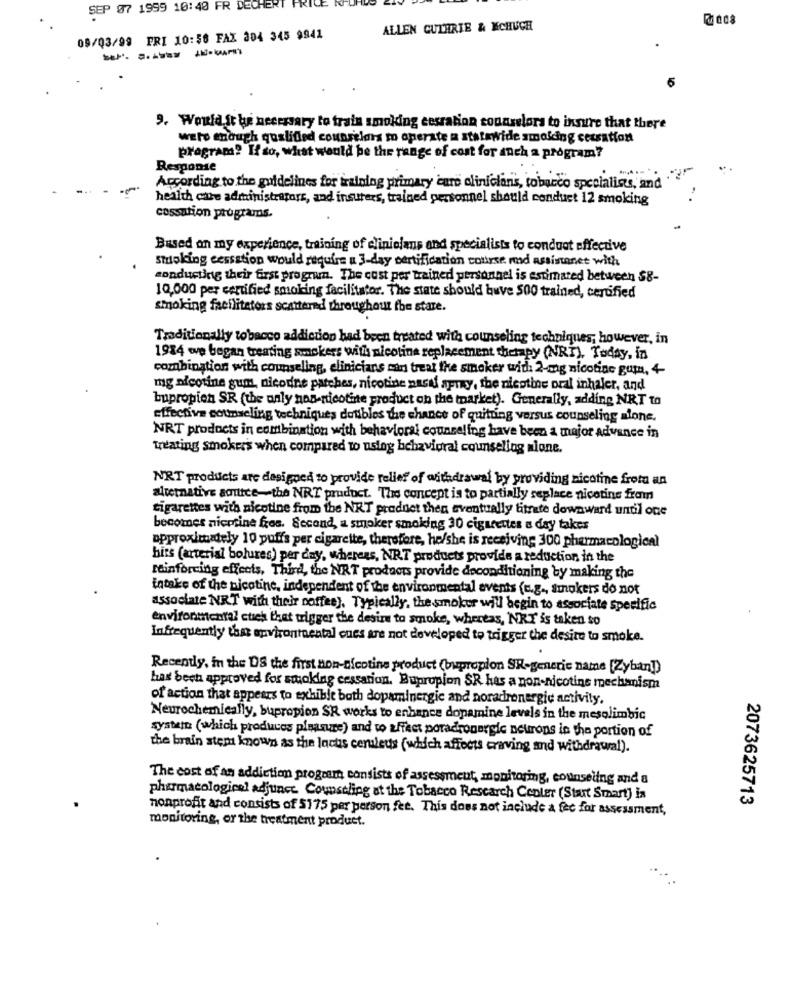
SEP 07 1999 10:40 FR DECHERT FRIC
ALLEN CUTERIE & MCHUGH
09/03/99 FRI 10:56 FAX 304 345 9941
--- --
9. Would it be necessary to train smoking cessation counselors to insure that there
were enough qualified counselors m operate a statewide smoking cessation
program? If so, what would be the range of cost for anch a program?
Response
According to the guidelines for training primary care clinicians, tobacco specialies, and
health che administrators, and insurers, trained personnel should conduct 12 smoking
cassation programs.
Based on my experience, training of eliniolans and specialists to conduct effective
smoking cessation would require u 3-day certification course md assistenet with
conducting their first program. The cost per trained personnel is estimated between $8-
10,000 per certified smoking facilitator. The state should buve 500 trained, certified
smoking facilitators scattered throughout the stare.
Traditionally tobacco addiction had been treated with counseling techniques; however, in
1984 we began treating smokers with nicotine replacement therapy (NRT), Today, in
combination with counseling, clinicians min treat the smoker with 2-mag nicotine gum, 4-
mg nicotine gum, nicotine patches, nicotine nasif aprzy, the nicotine oral inhaler, and
bupropion SR (the only non-nicotine product on the market). Generally, adding NRT to
effective counseling techniques doubles the chance of quitting versus counseling alone.
NRT products in combination with behavioral counseling have been a major advance in
treating smokers when compared to using behavioral counseling mione.
NRT products are designed to provide relief of withdrawal by providing nicotine from an
alternative adultce-the NRT product. The concept is to partially replace nicotine from
cigarettes with nicotine from the NRT product then eventually titrate downward until one
becomes nicotine fres. Second, a smoker smoking 30 cigarettes a day takes
approximately 10 puffs per cigarette, therefore, he/she is receiving 300 pharmacological
hits (arterial bolures) per day, whereas, NRT products provide a reduction in the
Minforcing effects, Third, the NRT products provide deconditioning by making the
intake of the nicotine, independent of the environmental events (e.g ., smokers do not
associate NRT with their coffee). Typically, the smoker will begin to associate specific
environmental cues that trigger the desire to smoke, whereas, NRT is taken so
Infrequently the environmental ones are not developed to trigger the desite to smoke.
Recently, in the DS the first non-nicotine product (bupropion SR-generic name [Zyban])
has been approved for smoking cessation. Bupropion SR has a non-nicotine mechanism
of action that appears to exhibit both dopaminergie and noradrenergic activity.
Neurochemically, bupropion SR works to enhance dopamine levels in the mesolimbic
system (which produces pleasure) and to affect poradronergic neurons in the portion of
the brain stem known as the locus ceruleus (which affects craving and withdrawal).
The cost of an addiction program consists of assessment, monitoring, counseling and a
pharmacologieel adjunct. Counseling at the Tobacco Research Center (Start Smart) in
2073625713
nonprofit and consists of 5175 per person fet. This does not include a fee for assessment,
monitoring, or the treatment product.